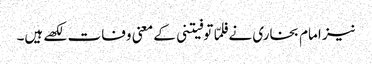
نیز امام بخاری نے فلمّا توفیتنی کے معنی وفات لکھے ہیں۔